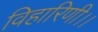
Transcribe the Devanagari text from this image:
विहारिणी।।